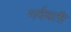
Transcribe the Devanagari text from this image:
गर्ववती